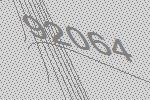
92064